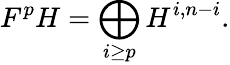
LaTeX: F^{p}H=\bigoplus_{i\geq p}H^{i,n-i}.